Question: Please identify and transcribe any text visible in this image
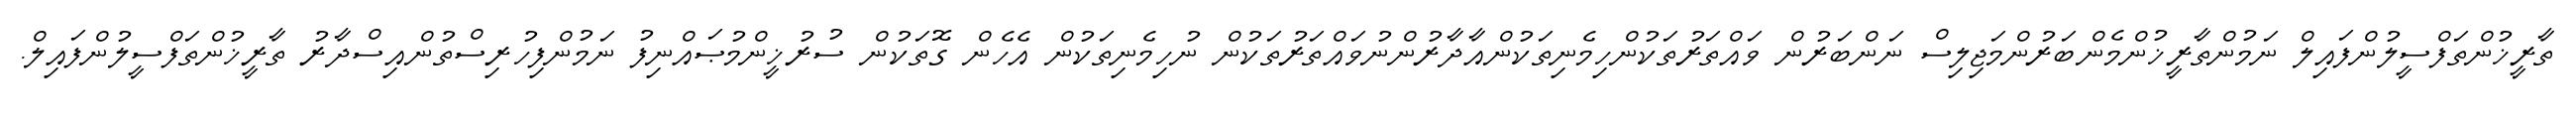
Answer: ތާރީޚުންތަފްސީލުންފައިލް ނަމުންތާރީޚުންމެންބަރުންމަޖިލިސް ނަންބަރުން ވައްތަރުތަކުންހިމެނިތަކުންއާދާރުންނުވައްތަރުތަކުން ނުހިމެނިތަކުން އެހެން ގޮތަކުން ސުރުޚީންމުޞައްނިފު ނަމުންފިހުރިސްތުންއިސްދާރު ތާރީޚުންތަފްސީލުންފައިލް.